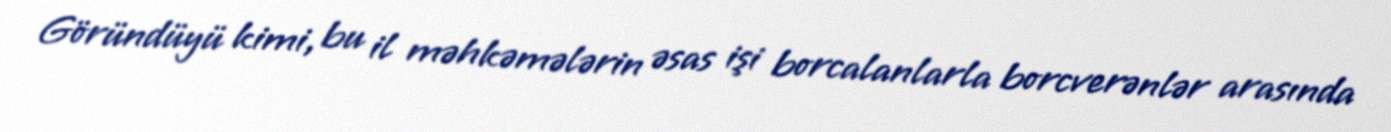
Göründüyü kimi, bu il məhkəmələrin əsas işi borcalanlarla borcverənlər arasında